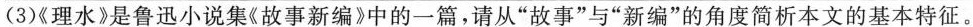
（3）《理水》是鲁迅小说集《故事新编》中的一篇，请从“故事”与“新编”的角度简析本文的基本特征。